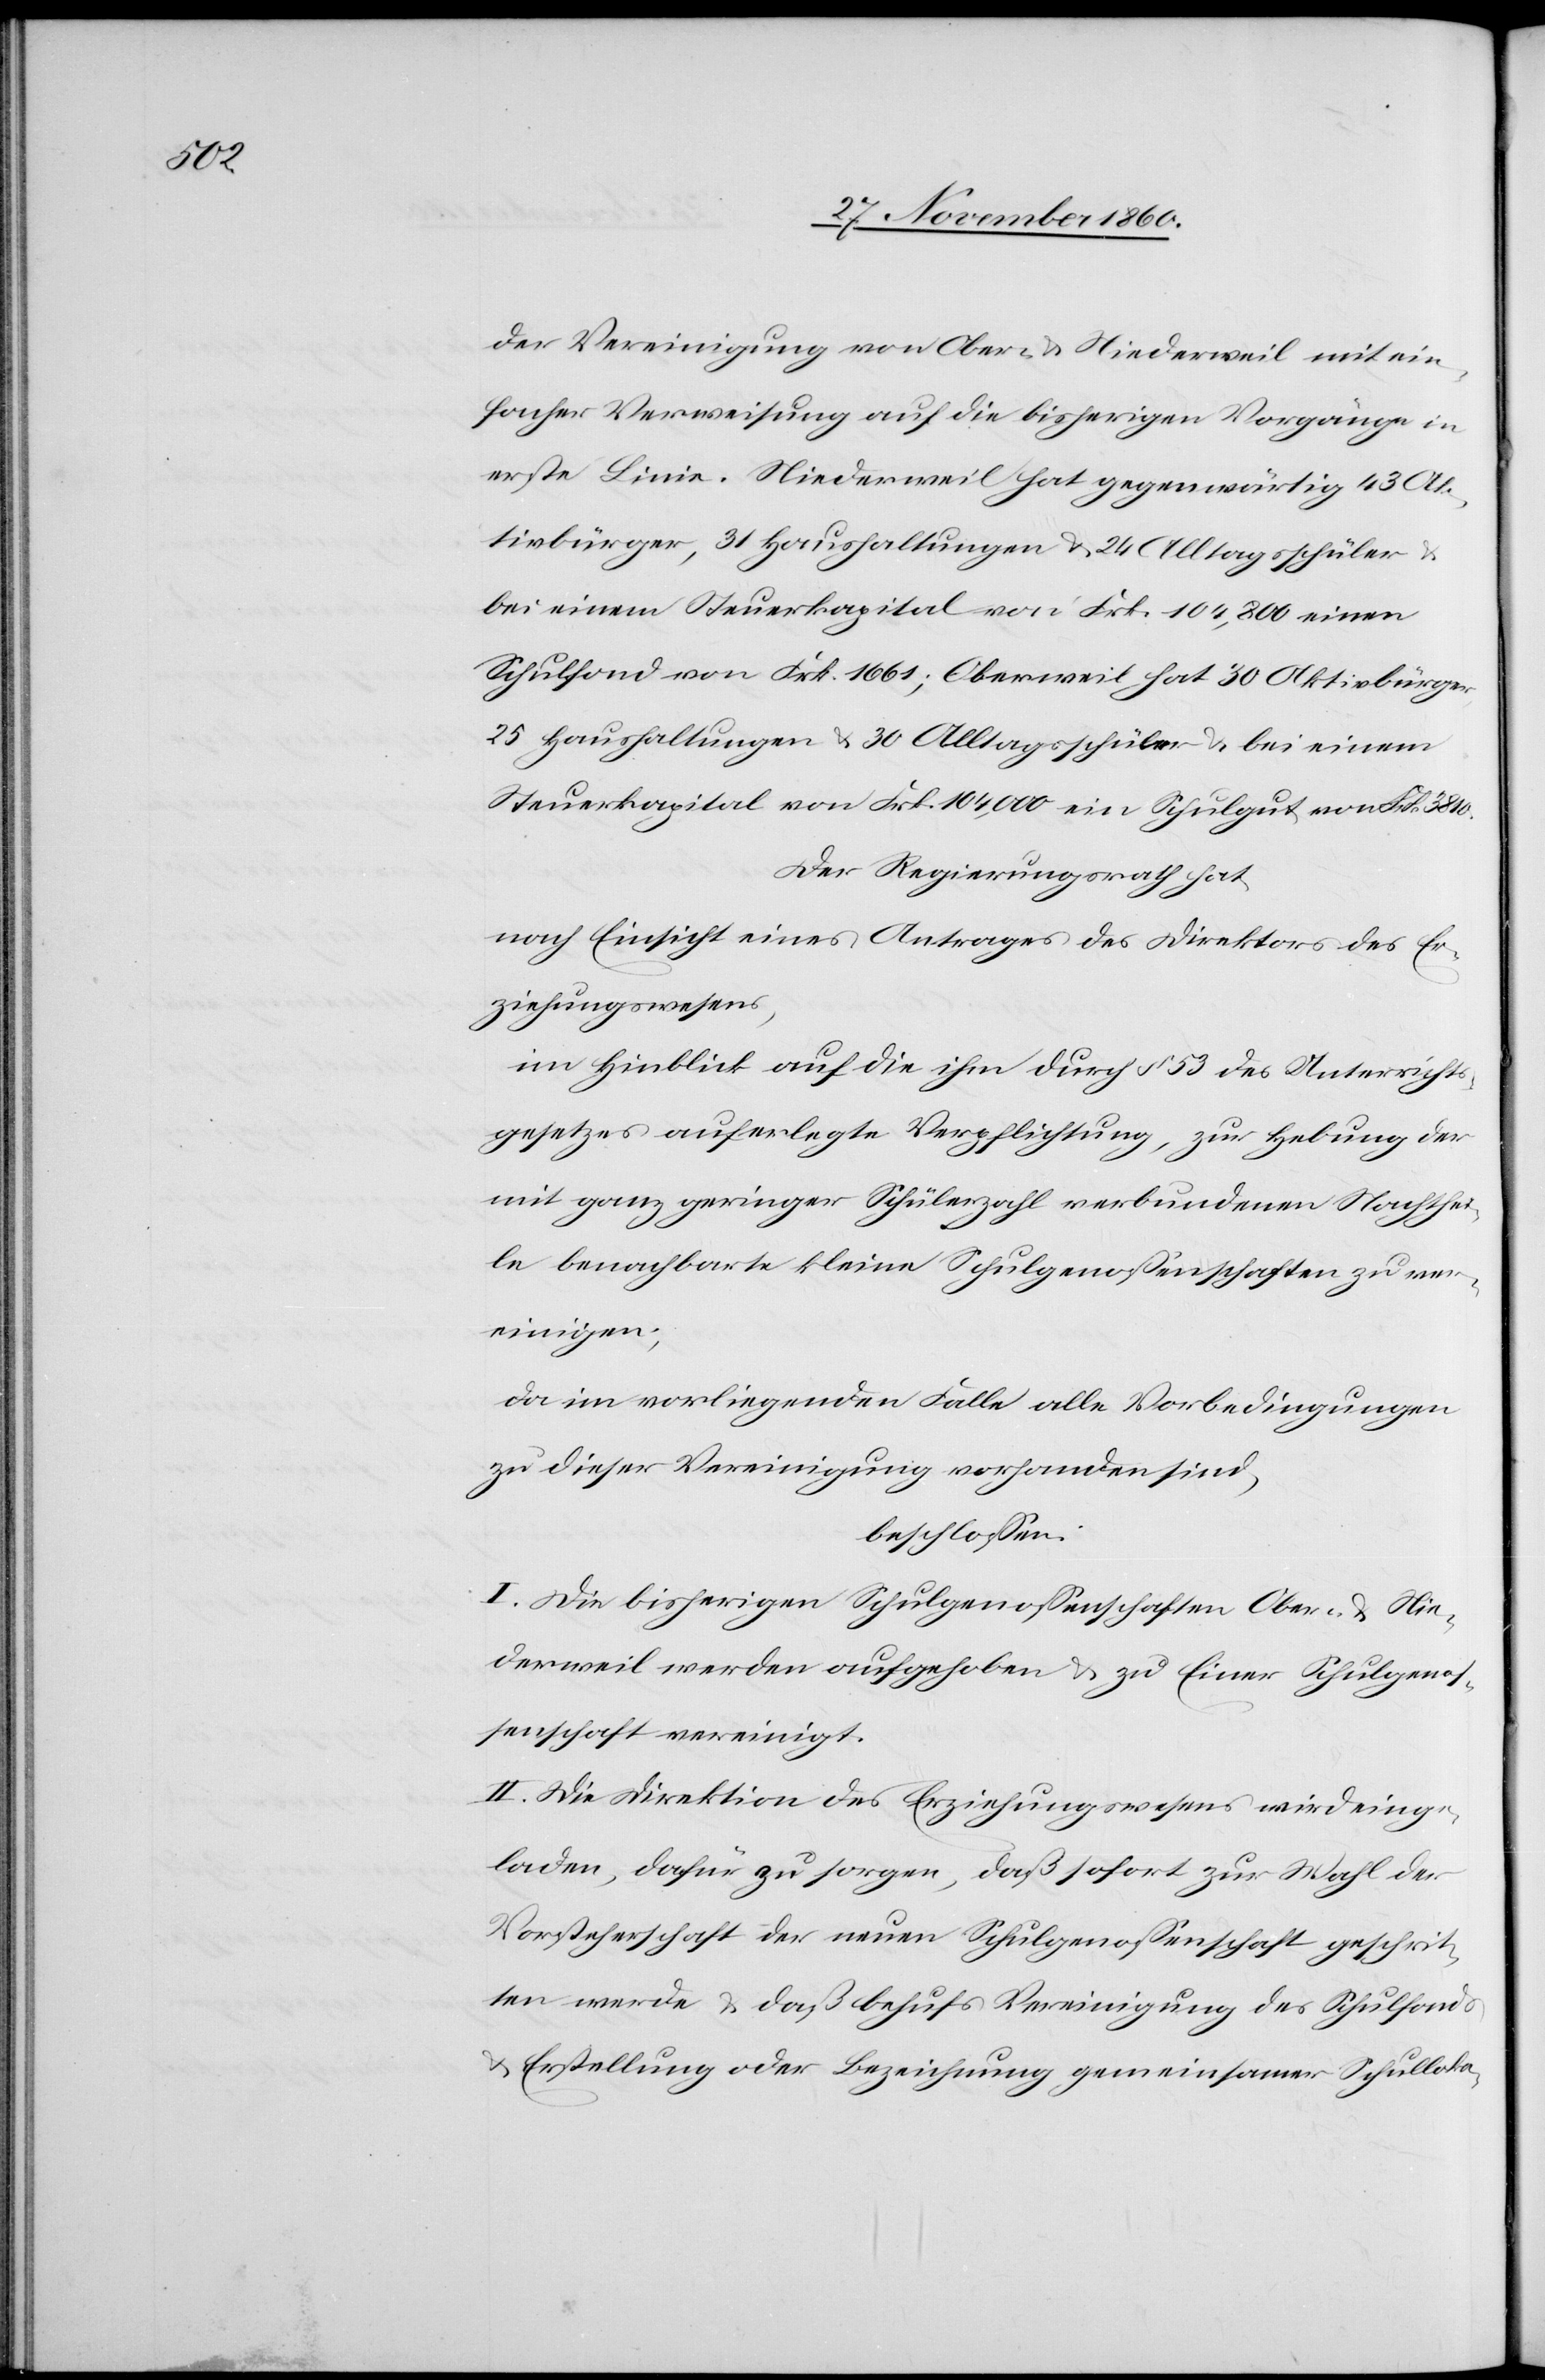
der Vereinigung von Ober- u. Niederweil mit ein¬
facher Verweisung auf die bisherigen Vorgänge in
erste Linie. Niederweil hat gegenwärtig 43 Ak¬
tivbürger, 31 Haushaltungen u. 24 Alltagsschüler
bei einem Steuerkapital von Frk. 104,800 einen
Schulfond von Frk. 1661; Oberweil hat 30 Aktivbürger,
25 Haushaltungen u. 30 Alltagsschüler u. bei einem
Steuerkapital von Frk. 104,000 ein Schulgut von Frk. 3810.
Der Regierungsrath hat
nach Einsicht eines Antrages des Direktors des Er¬
ziehungswesens,
in Hinblick auf die ihm durch § 53 des Unterrichts¬
gesetzes auferlegte Verpflichtung, zur Hebung der
mit ganz geringer Schülerzahl verbundenen Nachthei¬
le benachbarte kleine Schulgenossenschaften zu ver¬
einigen.
Da im vorliegenden Falle alle Vorbedingungen
zu dieser Vereinigung vorhanden sind,
beschlossen:
I. Die bisherigen Schulgenossenschaften Ober- u. Nie¬
derweil werden aufgehoben u. zu Einer Schulgenos¬
senschaft vereinigt.
II. Die Direktion des Erziehungswesens wird einge¬
laden, dafür zu sorgen, daß sofort zur Wahl der
Vorsteherschaft der neuen Schulgenossenschaft geschrit¬
ten werde u. daß behufs Vereinigung des Schulfonds
u. Erstellung oder Bezeichnung gemeinsamer Schulloka-